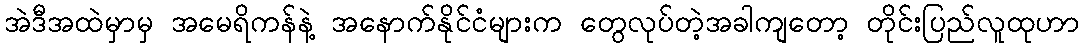
အဲဒီအထဲမှာမှ အမေရိကန်နဲ့ အနောက်နိုင်ငံများက တွေလုပ်တဲ့အခါကျတော့ တိုင်းပြည်လူထုဟာ